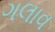
ગલાવ